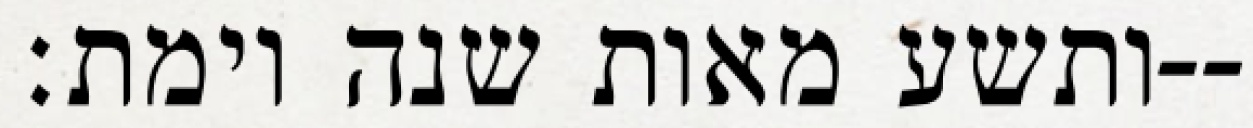
ותשע מאות שנה וימת׃--